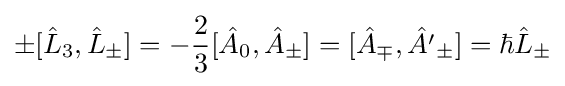
\pm [{\hat {L}}_{3},{\hat {L}}_{\pm }]=-{\frac {2}{3}}[{\hat {A}}_{0},{\hat {A}}_{\pm }]=[{\hat {A}}_{\mp },{\hat {A'}}_{\pm }]=\hbar {\hat {L}}_{\pm }